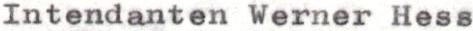
Intendanten Werner Hess